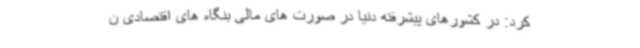
کرد: در کشورهای پیشرفته دنیا در صورت های مالی بنگاه های اقتصادی ن